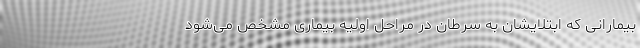
بیمارانی که ابتلایشان به سرطان در مراحل اولیه بیماری مشخص می‌شود